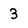
Character: 3